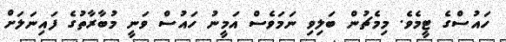
ހައުސްގެ ޓީމެވެ. މިމެޗުން ބަލިވި ނަމަވެސް އަމީނު ހައުސް ވަނީ މުބާރާތުގެ ފައިނަލަށް